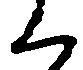
く